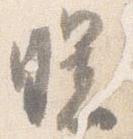
曙